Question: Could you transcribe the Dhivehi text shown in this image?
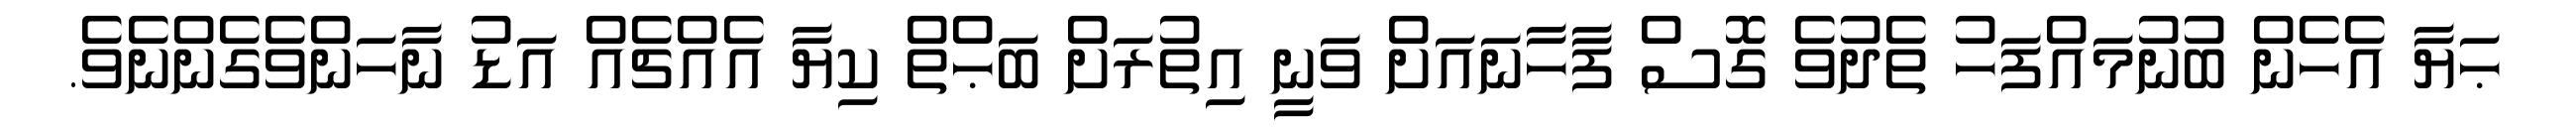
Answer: ޙަޔާ އެހެން ބުނުމައްފަހު ތެދުވެ ގޮސް ފާހާނައަށް ވަނީ އިތުރަށް ބަޙްތް ކިޔާ އެއްޗެއް އަޑު ނާހަންވެގެންނެވެ.